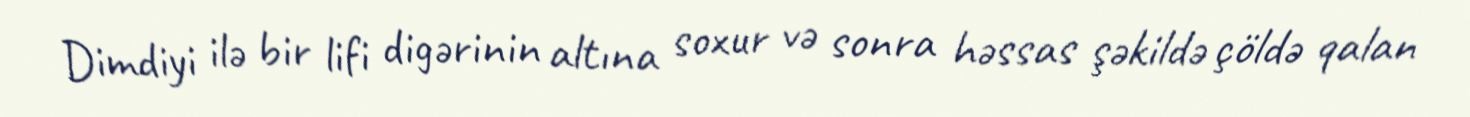
Dimdiyi ilə bir lifi digərinin altına soxur və sonra həssas şəkildə çöldə qalan